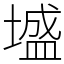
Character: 墭